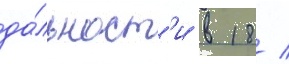
да́льност'и в 18 /